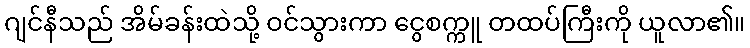
ဂျင်နီသည် အိမ်ခန်းထဲသို့ ဝင်သွားကာ ငွေစက္ကူ တထပ်ကြီးကို ယူလာ၏။